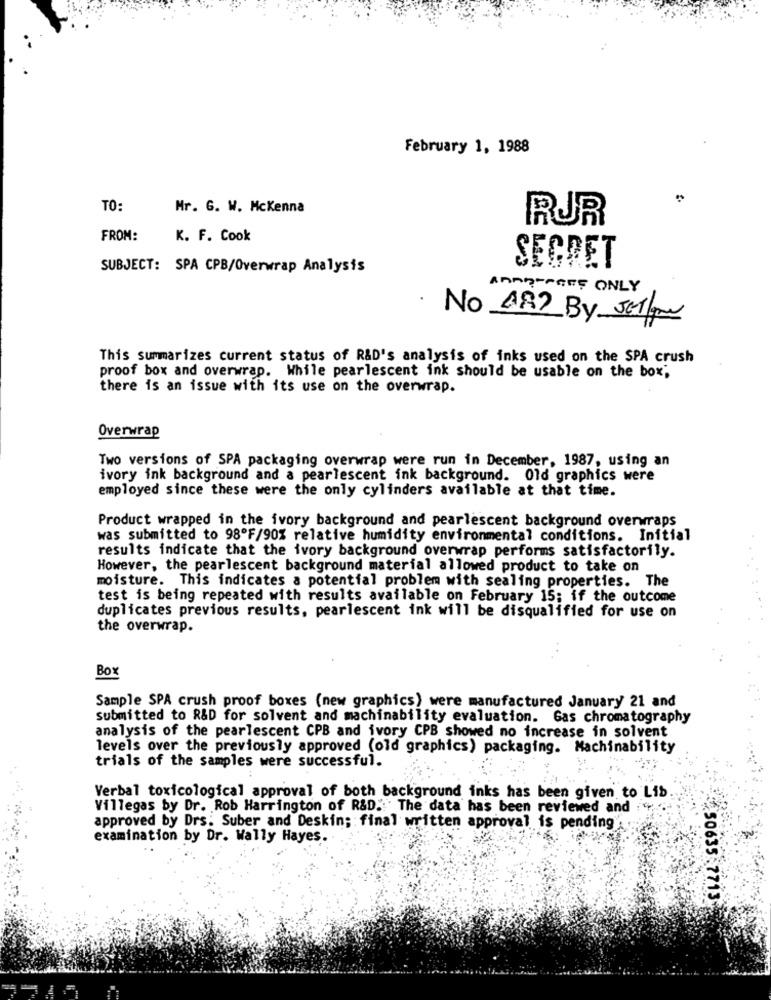
February 1, 1988
TO:
Mr. G. W. Mckenna
RJR
FROM:
K. F. Cook
SUBJECT: SPA CPB/Overwrap Analysis
SECRET
APARTAGES ONLY
.
No AR? By Jaime
This summarizes current status of R&D's analysis of inks used on the SPA crush
proof box and overwrap. While pearlescent ink should be usable on the box;
there is an issue with its use on the overwrap.
Overwrap
Two versions of SPA packaging overwrap were run in December, 1987, using an
ivory ink background and a pearlescent ink background. Old graphics were
employed since these were the only cylinders available at that time.
Product wrapped in the ivory background and pearlescent background overwraps
was submitted to 98ºF/90% relative humidity environmental conditions. Initial
results indicate that the ivory background overwrap performs satisfactorily.
However, the pearlescent background material allowed product to take on
moisture. This indicates a potential problem with sealing properties. The
test is being repeated with results available on February 15; if the outcome
duplicates previous results, pearlescent ink will be disqualified for use on
the overwrap.
Box
Sample SPA crush proof boxes (new graphics) were manufactured January 21 and
submitted to R&D for solvent and machinability evaluation. Gas chromatography
analysis of the pearlescent CPB and ivory CPB showed no increase in solvent
levels over the previously approved (old graphics) packaging. Machinability
trials of the samples were successful.
Verbal toxicological approval of both background inks has been given to Lib.
Villegas by Dr. Rob Harrington of R&D .: The data has been reviewed and :"
approved by Drs. Suber and Deskin; final written approval is pending
examination by Dr. Wally Hayes.
50635 7713